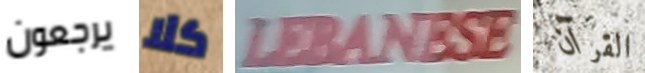
يرجعون كلا LEBANESE القرآن